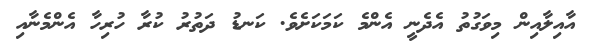
އާއިލާއިން މިވަގުތު އެދެނީ އެންމެ ކަމަކަށެވެ. ކަނޑު ދަތުރު ކުރާ ހުރިހާ އެންމެނާއި